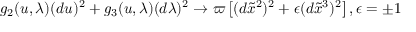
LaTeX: g _ { 2 } ( u , \lambda ) ( d u ) ^ { 2 } + g _ { 3 } ( u , \lambda ) ( d \lambda ) ^ { 2 } \rightarrow \varpi \left[ ( d \widetilde { x } ^ { 2 } ) ^ { 2 } + \epsilon ( d \widetilde { x } ^ { 3 } ) ^ { 2 } \right] , \epsilon = \pm 1